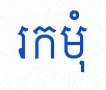
រកមុំ